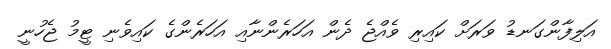
އަލިފާންގަނޑު ވަރަށް ކައިރި ވެއްޖެ ދެން އަހަރެންނާއި އަހަރެންގެ ކައިވެނި ޓީމު ޖެހުނީ